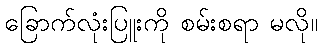
ခြောက်လုံးပြူးကို စမ်းစရာ မလို။